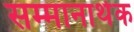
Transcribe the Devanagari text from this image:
सम्मानार्थक